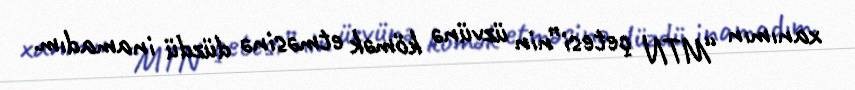
xanımın “MTN çetesi”nin üzvünə kömək etməsinə düzdü inamadım.